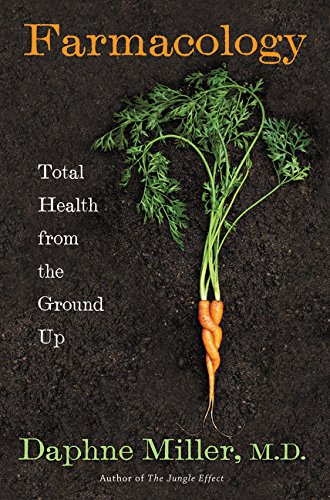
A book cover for Farmacology: Total Health from the Ground Up; Daphne, M.D. Miller; Science & Math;